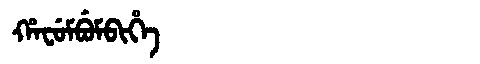
Manchu: ᡥᠠᠸᡠᠮᠪᡠᠮᠪᡳᡥᡝ
Romanization: HAFUMBUMBIHE